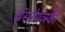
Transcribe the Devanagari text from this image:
दॉस्तोएव्स्की